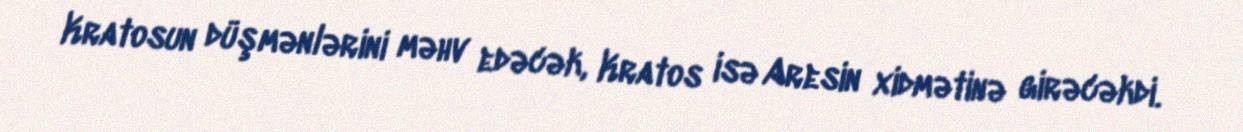
Kratosun düşmənlərini məhv edəcək, Kratos isə Aresin xidmətinə girəcəkdi.